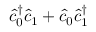
\hat { c } _ { 0 } ^ { \dagger } \hat { c } _ { 1 } + \hat { c } _ { 0 } \hat { c } _ { 1 } ^ { \dagger }